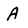
Character: A